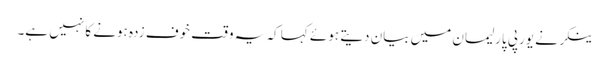
ینکر نے یورپی پارلیمان میں بیان دیتے ہوئے کہا کہ یہ وقت خوف زدہ ہونے کا نہیں ہے۔